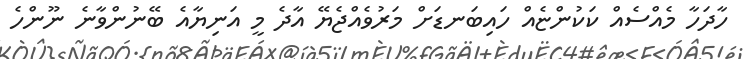
ހާދަހާ މެއްސެއް ކަކުންޏެއް ހައިބަނޑަށް މަރުވެއްޖެޔޭ އާދެ މީ އަނިޔާއެ ބޭނުންވާނެ ނޫންހެ